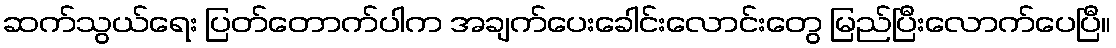
ဆက်သွယ်ရေး ပြတ်တောက်ပါက အချက်ပေးခေါင်းလောင်းတွေ မြည်ပြီးလောက်ပေပြီ။